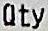
QTY